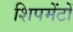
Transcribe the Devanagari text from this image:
शिपमेंटों